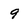
Character: 9